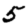
Digit: 5